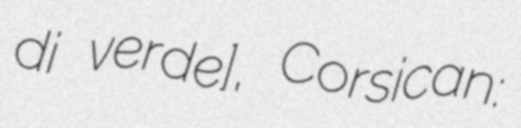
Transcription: di ˈverde], Corsican: